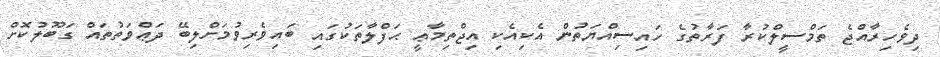
ދިވެހިރާއްޖެ ތަމްސީލްކުރާ ފަރާތުގެ ހައިސިއްޔަތުން އެކިއެކި އިޖްތިމާޢީ ޙަފްލާތަކުގައި ބައިވެރިވުމަށްލިބޭ ދަޢްވަތުތައް ގަބޫލުކޮށް